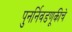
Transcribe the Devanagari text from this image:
पुनर्निवडणूकीचे